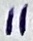
Text: 11